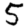
Digit: 5